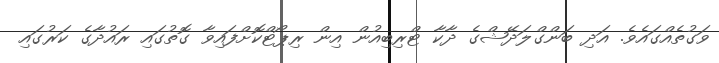
ވަގުތެއްގައެވެ. އަދި ބަންގްލަދޭޝްގެ ދާކާ ޓްރިބިއުން އިން ރިޕޯޓްކޮށްފައިވާ ގޮތުގައި ރައުދާގެ ކަރުގައި